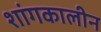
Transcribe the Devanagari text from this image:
शांगकालीन